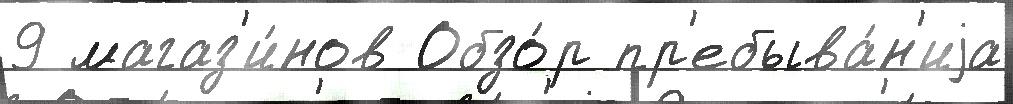
9 магаз'и́нов Обзо́р пр'ебыва́н'иjа